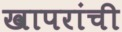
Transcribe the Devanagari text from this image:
खापरांची